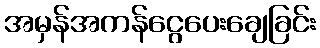
အမှန်အကန်ငွေပေးချေခြင်း